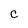
Character: C